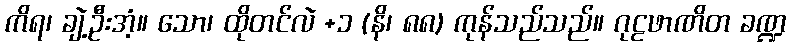
ကိရ၊ ချဲ့ဦးအံ့။ သော၊ ထိုတင်လဲ +၁ (နိ၊ ၈၈) ကုန်သည်သည်။ ဂုဠဖာဏိတ ခဏ္ဍ